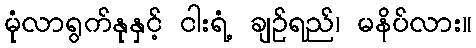
မုံလာရွက်နုနှင့် ငါးရံ့ ချဉ်ရည်၊ မနိပ်လား။